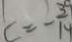
c = - \frac { 3 9 } { 1 4 }